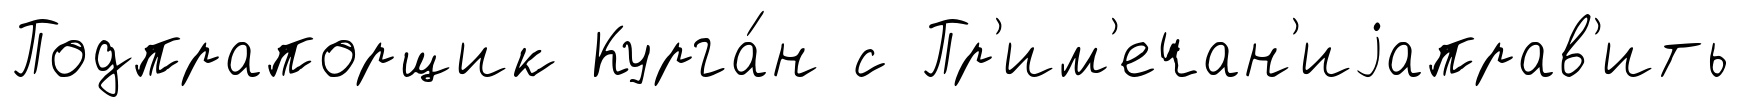
Подпрапорщик Курга́н с Пр'им'ечан'иjаправ'ить